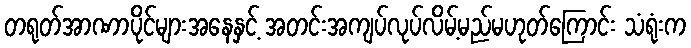
တရုတ်အာဏာပိုင်များအနေနှင့် အတင်းအကျပ်လုပ်လိမ့်မည်မဟုတ်ကြောင်း သံရုံးက